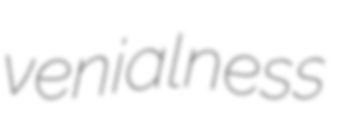
venialness